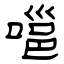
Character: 嗈